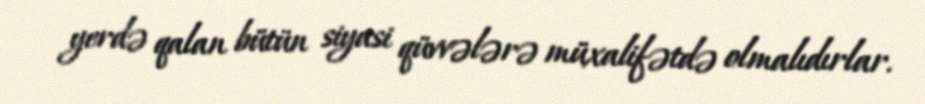
yerdə qalan bütün siyasi qüvvələrə müxalifətdə olmalıdırlar.